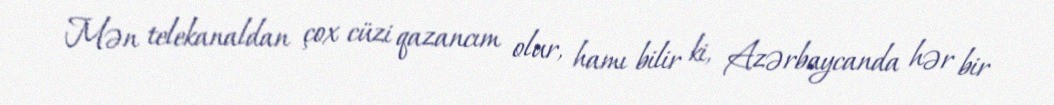
Mən telekanaldan çox cüzi qazancım olur, hamı bilir ki, Azərbaycanda hər bir